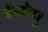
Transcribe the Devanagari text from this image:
ईसोपू